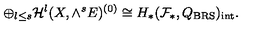
\oplus _ { l \le s } { \cal H } ^ { l } ( X , \wedge ^ { s } E ) ^ { ( 0 ) } \cong H _ { * } ( { \cal F } _ { * } , Q _ { \mathrm { B R S } } ) _ { \mathrm { i n t } } .